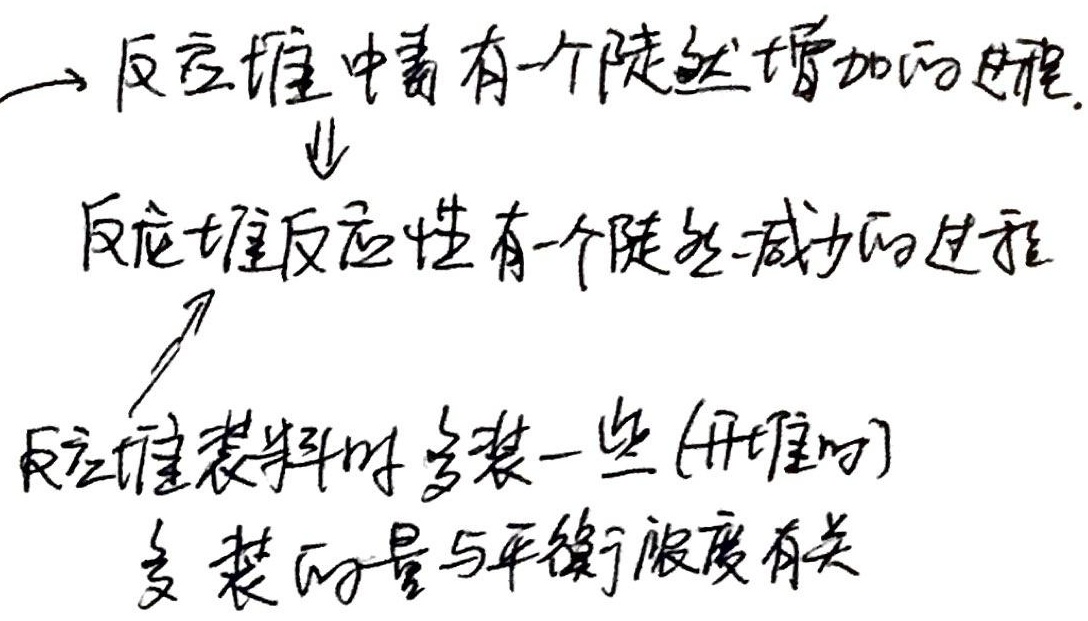
→反应堆中毒有一个陡然增加的过程.
↓
反应堆反应性有一个陡然减少的过程
↑
反应堆装料时多装一些(开堆时)
多装的量与平衡浓度有关